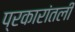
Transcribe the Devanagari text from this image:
प्रकारांतली